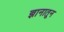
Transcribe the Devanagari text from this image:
ज्ञानातून